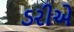
ડરીએ